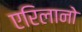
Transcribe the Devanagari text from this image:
एरिलानो